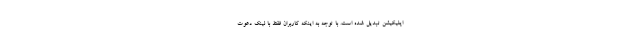
اپلیکیشن تبدیل شده است. با توجه به اینکه کاربران فقط با لینک دعوت